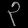
Digit: ၃